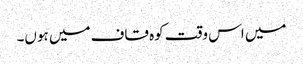
میں اس وقت کوہ قاف میں ہوں۔